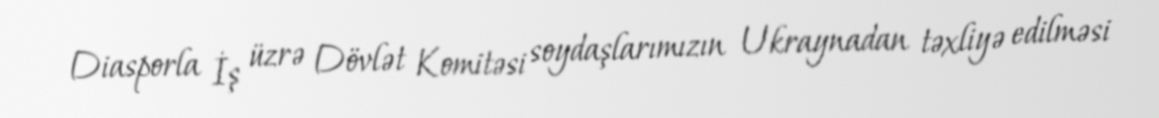
Diasporla İş üzrə Dövlət Komitəsi soydaşlarımızın Ukraynadan təxliyə edilməsi